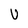
Character: U